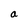
Character: a